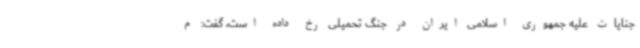
جنایات علیه جمهوری اسلامی ایران در جنگ تحمیلی رخ داده است، گفت: م